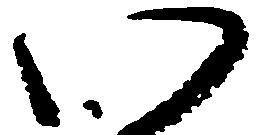
い